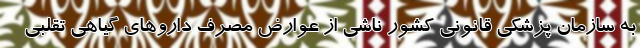
به سازمان پزشکی قانونی کشور ناشی از عوارض مصرف داروهای گیاهی تقلبی